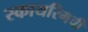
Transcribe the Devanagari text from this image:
स्कायरिमची